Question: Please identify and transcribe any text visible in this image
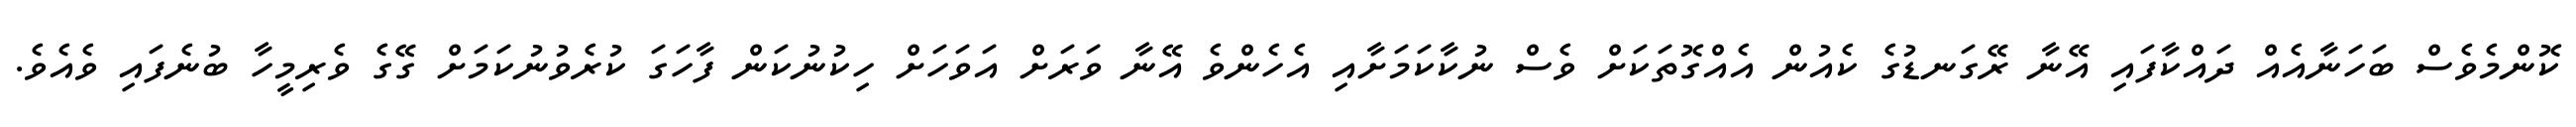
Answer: ކޮންމެވެސް ބަހަނާއެއް ދައްކާފައި އޭނާ ރޭގަނޑުގެ ކެއުން އެއްގޮތަކަށް ވެސް ނުކާކަމަށާއި އެހެންވެ އޭނާ ވަރަށް އަވަހަށް ހިކުނުކަން ފާހަގަ ކުރެވުނުކަމަށް ގޭގެ ވެރިމީހާ ބުނެފައި ވެއެވެ.